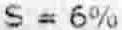
S = 6%